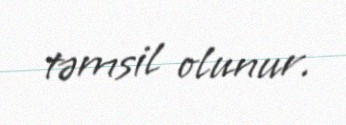
təmsil olunur.